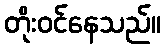
တိုးဝင်နေသည်။